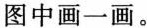
图中画一画。